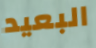
البعيد